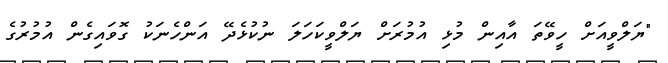
"ޔަލްވީއަށް ހީވޭތަ އާއިން މުޅި އުމުރަށް ޔަލްވީކަހަލަ ނުކުޅެދޭ އަންހެނަކު ގޮވައިގެން އުމުރުގެ